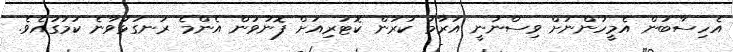
އެހިސާބުން އެމީހުންނަށް ވިސްނުނީ އަރާމު ކުރަން ކޮޓަރިއަށް ފޮނުވުން އެންމެ ރަނގަޅުވާނެ ކަމުގައެވެ.